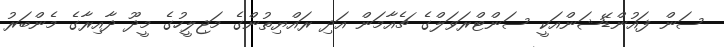
ސަން ފައުންޑޭޝަންއަކީ ސަންޓްރަވަލްގެ ޗެއާމަން އަދި ރައްޔިތުންގެ މަޖިލީހުގެ މީދޫ ދާއިރާގެ މެންބަރު